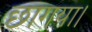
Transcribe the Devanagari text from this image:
छागया।